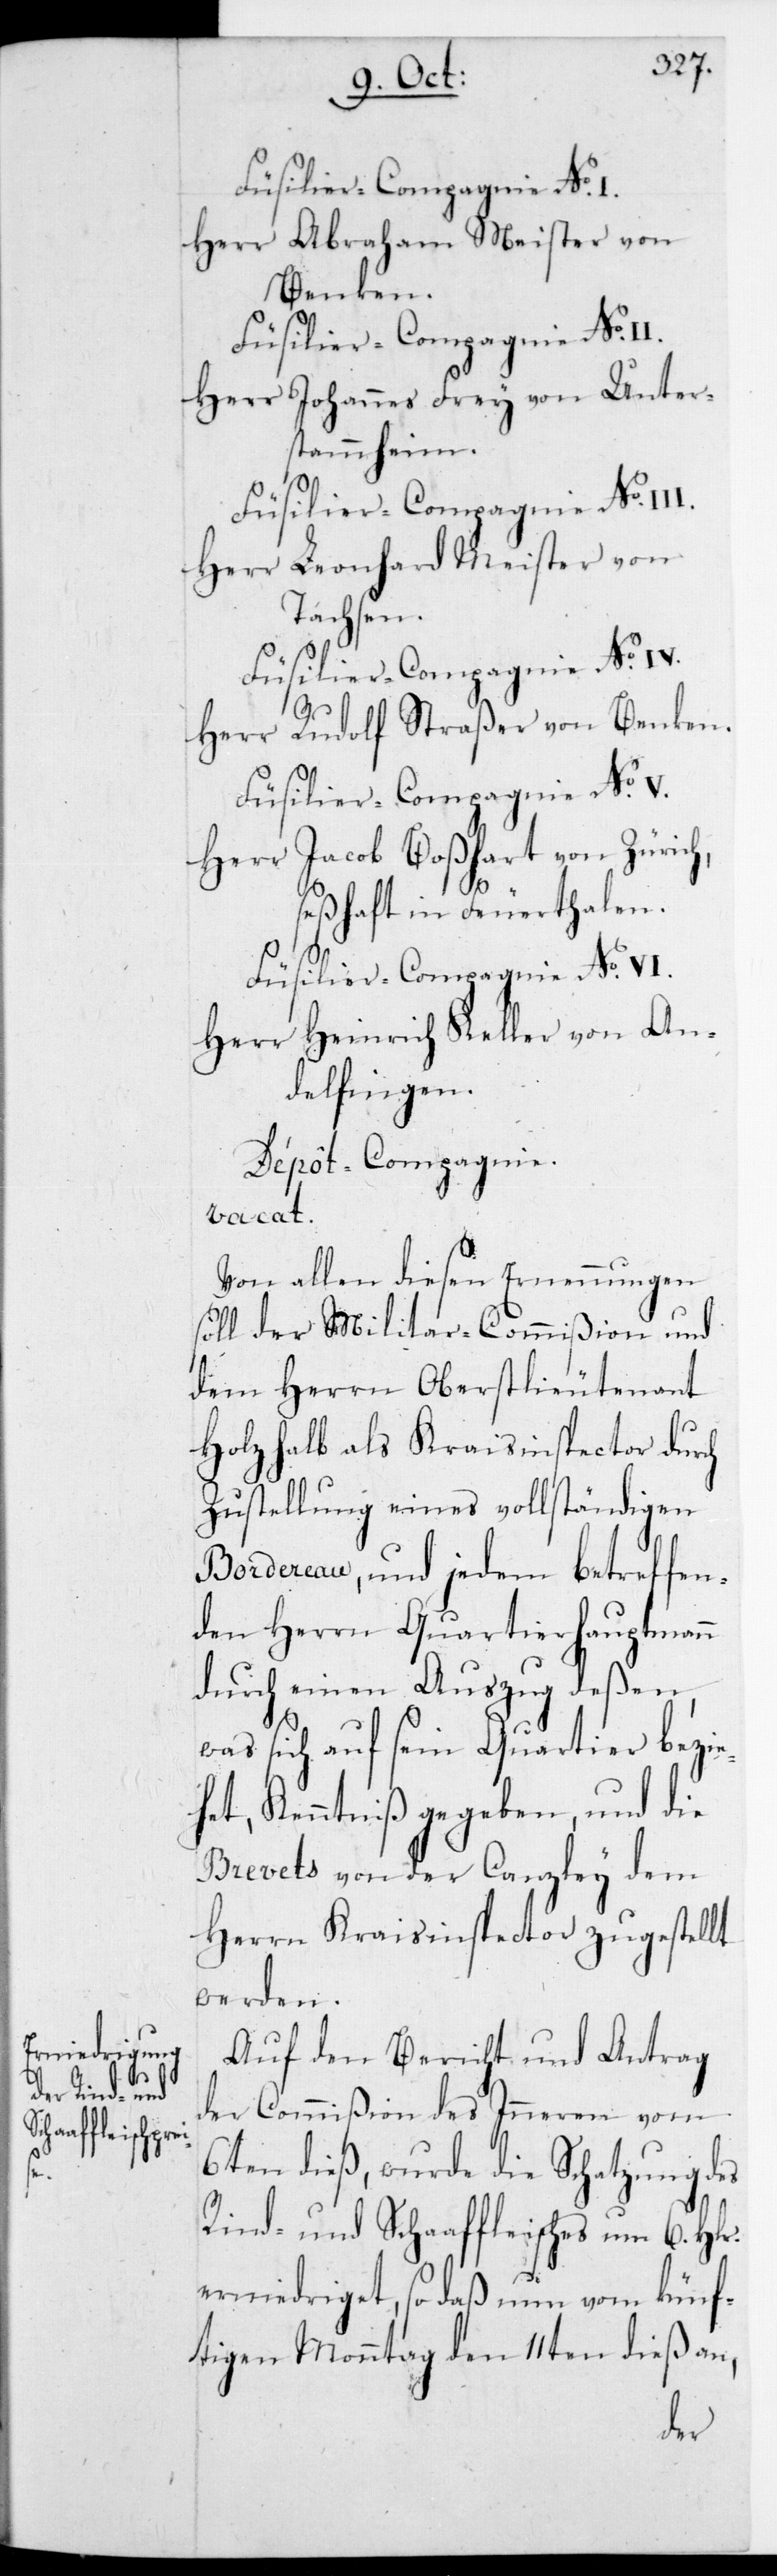
I.

Füsilier-Compagnie No I.
Herr Abraham Meister von
Benken.
Herr Johannes Frey von Unter¬
stammheim.
Füsilier-Compagnie No V.
Herr Leonhard Meister von
Tachsen.
Füsilier-Compagnie No IV.
Herr Rudolf Straßer von Benken.
Herr Jacob Boßhart von Zürich,
seßhaft in Feuerthalen.
Füsilier-Compagnie No VI.
Herr Heinrich Keller von An¬
delfingen.
Dépôt-Compagnie.
vacat.
Von allen diesen Ernennungen
soll der Militar-Commißion und
dem Herrn Oberstlieutenant
Holzhalb als Kraisinspector durch
Zustellung eines vollständigen
Bordereau, und jedem betreffen¬
den Herrn Quartierhauptmann
durch einen Auszug deßen,
was sich auf sein Quartier bezie¬
het, Kenntniß gegeben, und die
Brevets von der Canzley dem
Herrn Kraisinspector zugestellt
werden.
Auf den Bericht und Antrag
der Commißion des Inneren vom
6ten dieß, wurde die Schatzung des
Rind- und Schaffleisches um 6 Hlr.
erniedriget, so daß nun vom künf¬
tigen Monntag den 11ten dieß an,